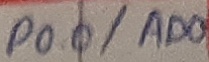
Text: P0.0/AD0